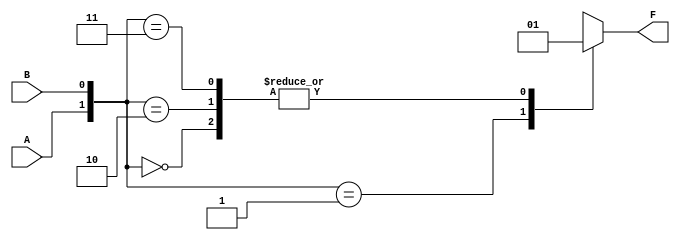
module kmap_2var (
    input wire A,     // Input A (1-bit)
    input wire B,     // Input B (1-bit)
    output reg F      // Output F (1-bit)
);

// K-map filling values
parameter m0 = 1;  // F0 = 1
parameter m1 = 0;  // F1 = 0
parameter m2 = 1;  // F2 = 1
parameter m3 = 1;  // F3 = 1

always @(*) begin
    case ({A, B})
        2'b00: F = m0;  // A=0, B=0 -> m0
        2'b01: F = m1;  // A=0, B=1 -> m1
        2'b10: F = m2;  // A=1, B=0 -> m2
        2'b11: F = m3;  // A=1, B=1 -> m3
        default: F = 1'b0; // Default case (should not occur)
    endcase
end

endmodule